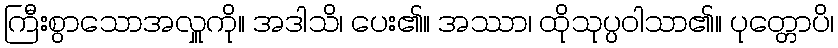
ကြီးစွာသောအလှူကို။ အဒါသိ၊ ပေး၏။ အဿာ၊ ထိုသုပ္ပဝါသာ၏။ ပုတ္တောပိ၊